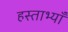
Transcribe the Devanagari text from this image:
हस्ताभ्याँ